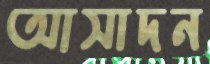
আসাদন